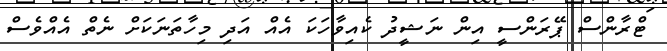
ޓްރާންސް ޕޭރަންސީ އިން ނަޝީދު ކެއިވާހަކަ އެއް އަދި މިހާތަނަކަށް ނެތް އެއްވެސް